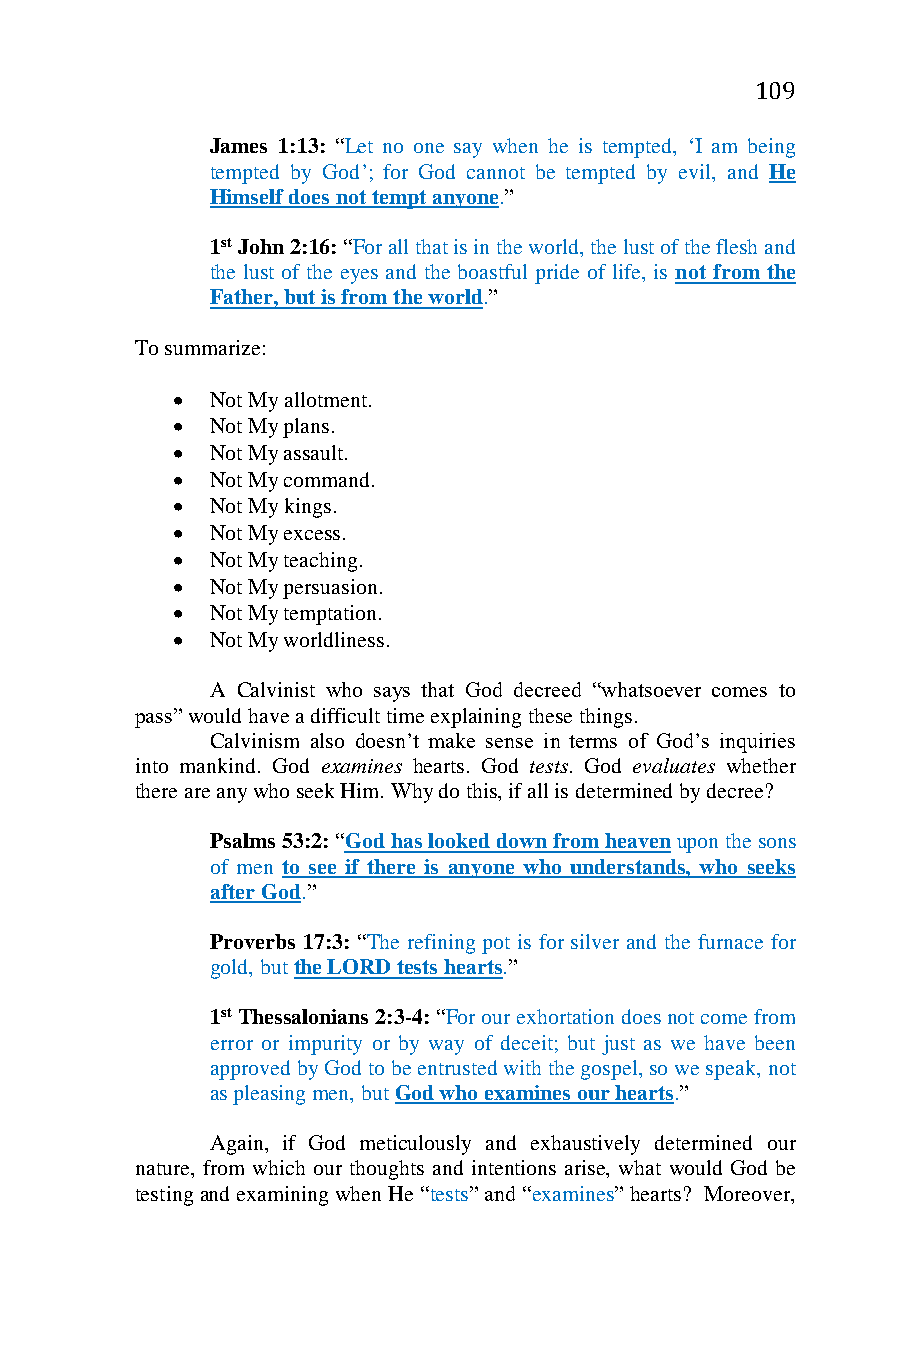
109
 James 1:13: “Let no one say when he is tempted, ‘I am being
 tempted by God’; for God cannot be tempted by evil, and He
 Himself does not tempt anyone.”
 1st John 2:16: “For all that is in the world, the lust of the flesh and
 the lust of the eyes and the boastful pride of life, is not from the
 Father, but is from the world.”
 To summarize:
   Not My allotment.
   Not My plans.
   Not My assault.
   Not My command.
   Not My kings.
   Not My excess.
   Not My teaching.
   Not My persuasion.
   Not My temptation.
   Not My worldliness.
 A Calvinist who says that God decreed “whatsoever comes to
 pass” would have a difficult time explaining these things.
 Calvinism also doesn’t make sense in terms of God’s inquiries
 into mankind. God examines hearts. God tests. God evaluates whether
 there are any who seek Him. Why do this, if all is determined by decree?
 Psalms 53:2: “God has looked down from heaven upon the sons
 of men to see if there is anyone who understands, who seeks
 after God.”
 Proverbs 17:3: “The refining pot is for silver and the furnace for
 gold, but the LORD tests hearts.”
 1st Thessalonians 2:3-4: “For our exhortation does not come from
 error or impurity or by way of deceit; but just as we have been
 approved by God to be entrusted with the gospel, so we speak, not
 as pleasing men, but God who examines our hearts.”
 Again, if God meticulously and exhaustively determined our
 nature, from which our thoughts and intentions arise, what would God be
 testing and examining when He “tests” and “examines” hearts? Moreover,